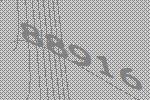
88916